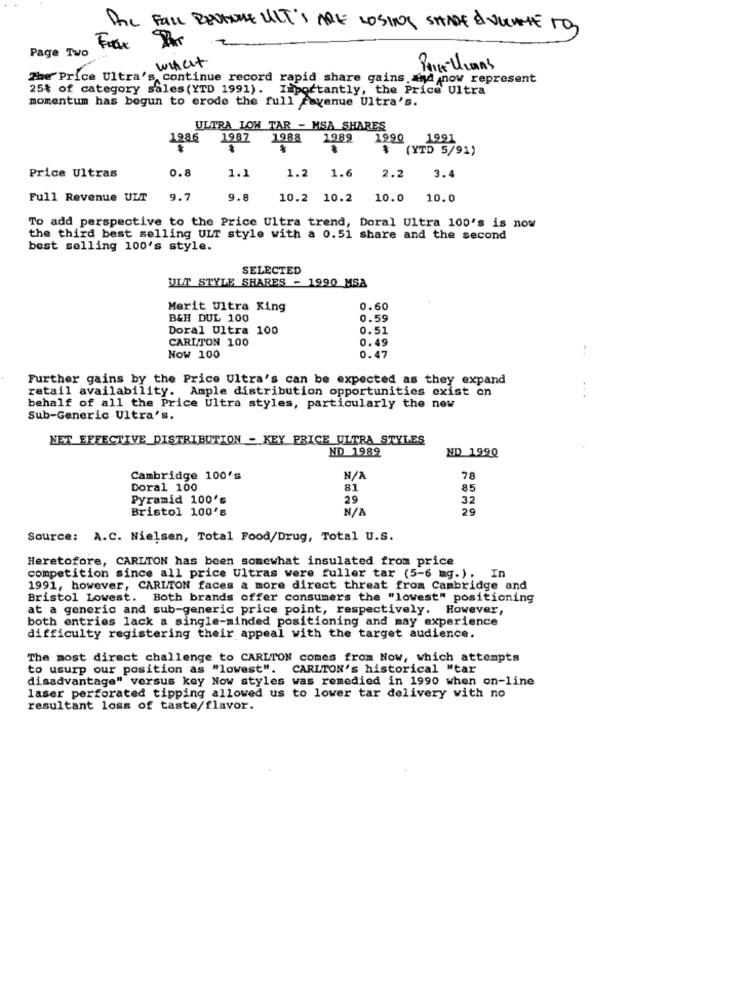
Anc FALL REVENUE ULT'S ARE LOSING SHADE & VUCAME TO,
Fax PAY
Page Two
. what
The Price Ultra's continue record rapid share gains and now represent
25% of category sales (YTD 1991). Importantly, the Price Ultra
momentum has begun to erode the full favenue Ultra's.
ULTRA LON TAR - MSA SHARES
1986
1987
1988
1989
1990
1991
$ (YTD 5/91)
0.8
1.1
3.4
Price Ultras
1.2 1.6
2.2
Full Revenue ULT
9.7
9.8
10.2 10.2
10.0 10.0
To add perspective to the Price Ultra trend, Doral Ultra 100's is now
the third best selling ULT style with a 0.51 share and the second
best selling 100's style.
SELECTED
ULT STYLE SHARES - 1990 MSA
Merit Ultra King
0.60
B&H DUL 100
0.59
Doral Ultra 100
0.51
CARLTON 100
0.49
-.
Now 100
0.47
Further gains by the Price Ultra's can be expected as they expand
retail availability. Ample distribution opportunities exist on
behalf of all the Price Ultra styles, particularly the new
Sub-Generic Ultra's.
NET EFFECTIVE DISTRIBUTION - KEY PRICE ULTRA STYLES
ND 1989
ND 199Q
Cambridge 100's
78
Doral 100
81
85
Pyramid 100's
29
32
Bristol 100's
29
Source: A.C. Nielsen, Total Food/Drug, Total U.S.
Heretofore, CARLTON has been somewhat insulated from price
competition since all price Ultras were fuller tar (5-6 mg.). In
1991, however, CARLTON faces a more direct threat from Cambridge and
Bristol Lowest. Both brands offer consumers the "lowest" positioning
at a generic and sub-generic price point, respectively. However,
both entries lack a single-minded positioning and may experience
difficulty registering their appeal with the target audience.
The most direct challenge to CARLTON comes from Now, which attempts
to usurp our position as "lowest". CARLTON's historical "tar
disadvantage" versus key Now styles was remedied in 1990 when on-line
laser perforated tipping allowed us to lower tar delivery with no
resultant loss of taste/flavor.